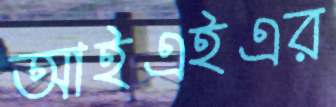
আইএইএর